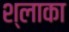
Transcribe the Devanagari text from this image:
श्लाका